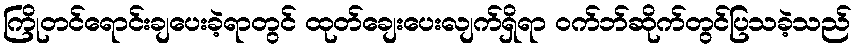
ကြိုတင်ရောင်းချပေးခဲ့ရာတွင် ထုတ်ချေးပေးလျက်ရှိရာ ဝက်ဘ်ဆိုက်တွင်ပြသခဲ့သည်